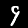
Digit: 9